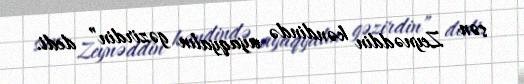
sən Zeynəddin kəndində ayaqyalın gəzirdin” dedi.